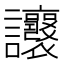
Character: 𧮨